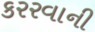
કરરવાની